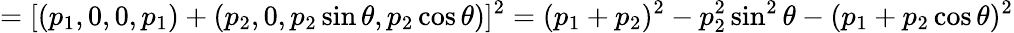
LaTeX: =[(p_{1},0,0,p_{1})+(p_{2},0,p_{2}\sin\theta,p_{2}\cos\theta)]^{2}=(p_{1}+p_{2})^{2}-p_{2}^{2}\sin^{2}\theta-(p_{1}+p_{2}\cos\theta)^{2}